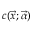
c ( \vec { x } ; \vec { \alpha } )